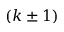
( k \pm 1 )